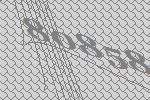
80858